Medical and sanitary report of the native army of Bengal for the year
Year: 1878
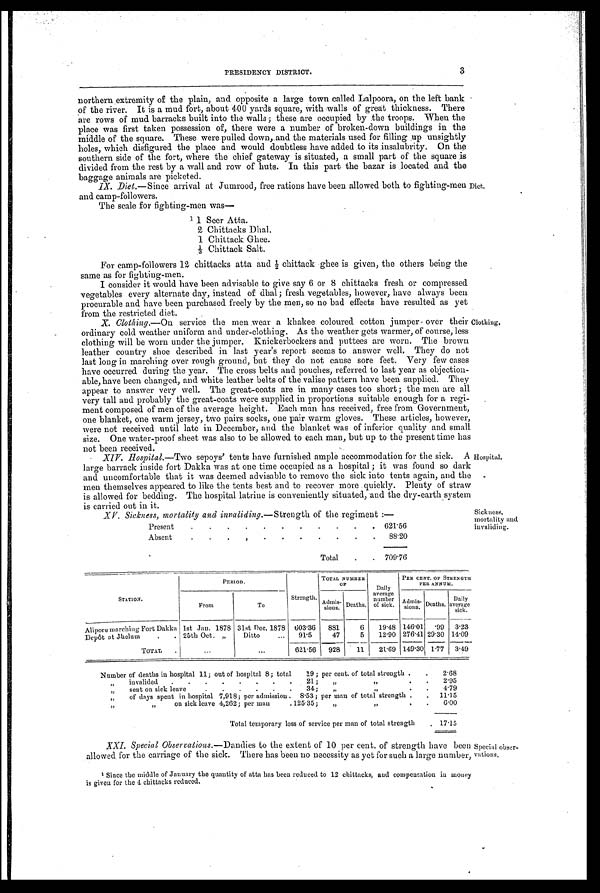
PRESIDENCY DISTRICT.
3
northern extremity of the plain, and opposite a large town called Lalpoora, on the left bank
of the river. It is a mud fort, about 400 yards square, with walls of great thickness. There
are rows of mud barracks built into the walls; these are occupied by :the troops. When the
place was first taken possession of, there were a number of broken-down buildings in the
middle of the square. These were pulled down, and the materials used for filling up unsightly
holes, which disfigured the place and would doubtless have added to its insalubrity. On the
southern side of the fort, where the chief gateway is situated, a small part of the square is
divided from the rest by a wall and row of huts. In this part the bazar is located and the
baggage animals are picketed.
IX. Diet. —Since arrival at Jumrood, free rations have been allowed both to fighting-men
and camp-followers.
The scale for fighting-men was—
1
1 S e e r A t t
a.
2 C h i t t a c k s D h a l .
1 Chittack Ghee.
1 / 3 C h i t t a c k S a l t .
For camp-followers 12 chittacks atta and ½ Chittack ghee is given, the others being the
same as for fighting-men.
I consider it would have been advisable to give say 6 or 8 chittacks fresh or compressed
vegetables every alternate day, instead of dhal; fresh vegetables, however, have always been
procurable and have been purchased freely by the men, so no bad effects have resulted as yet
from the restricted diet.
X. Clothing.—On service the men wear a khakee coloured cotton jumper over their
ordinary cold weather uniform and under-clothing. As the weather gets warmer, of course, less
clothing will be worn under the jumper. Knickerbockers and puttees are worn. The brown
leather country shoe described in last year's report seems to answer well. They do not
last long in marching over rough ground, but they do not cause sore feet. Very few cases
have occurred during the year. The cross belts and pouches, referred to last year as objection-
able, have been changed, and white leather belts of the valise pattern have been supplied. They
appear to answer very well. The great-coats are in many cases too short; the men are all
very tall and probably the great-coats were supplied in proportions suitable enough for a regi-
ment composed of men of the average height. Each man has received, free from Government,
one blanket, one warm jersey, two pairs socks, one pair warm gloves. These articles, however
were not received until late in December, and the blanket was of inferior quality and small
size. One water-proof sheet was also to be allowed to each man, but up to the present time has
not been received.
XIV. Hosipatal —Two
sepoys' tents have furnished ample accommodation for the sick. A
large barrack inside fort Dakka was at one time occupied as a hospital; it was found so dar
k a n d u n c o m f o r t a b l e t h a t i t w a s d e e m e d a d v i s a b l e t o r e m o v e t h e s i c k i n t o t e n t s a g a i n , a n d t h e
men themselves appeared to like the tents best and to recover more quickly Plenty of straw
is allowed for bedding. The hospital latrine is conveniently situated, and the dry-earth system is carried out in it.
Diet.
Clothing,
Hospital.
XV. Sickness, mortality and invaliding. —Strength of the regiment :—
Present
.
.
.
.
.
.
.
.
.
.
. 621.56
Absent
.
.
.
. . . . . . . .
88.20
Total
.
. 709.76
Sickness,
mortality and
invaliding.
STATION.
PERIOD.
Strength
TOTAL NUMBE R
OF Daily
average
number
of sick.
PER CENT. OF STRENGTH
PER ANNUM.
From
To
Admi s -
sions. Deaths.
Admis-
sions. Deaths.
Daily
average
sick.
Alipore marching Fort Dakka 1st Jan. 1878 31st Dec. 1878 603.36
881
6
19.48 146.01 .99
3.23
Depôt at Jhelum
. . 25th Oct. „
Ditto
...
91.5
47
5
12.90 27641 29.30 14.09
TOTAL
.
...
...
621.56
928
11
21.69 149.30 1.77
3.49
Number of deaths in hospital 11; out of hospital 8; total
19; per cent. of total strength
. .
2.68
,,
invalided
.
.
.
.
.
. . .
21;
„
, ,
2.95
,,
sent on sick leave
.
.
.
.
.
.
31;
„
/I
.
.
4.79
„
of days spent in hospital 7,918; er admission . 8.53; per man of total strength .
.
11.15
,,
„
on sick leave 4,262; per man
125.35;
„
, ,
6.00
Total temporary loss of service per man of total strength
. 17.15
XXI. Special Observations. —Dandies to the extent of 10 per cent, of strength have been
allowed for the carriage of the sick. There has been no necessity as yet for such a large number;
1
Since the middle of January the quantity of atta has been reduced to 12 chittacks, and compensation in money
is given for the 4 chittacks reduced.
Special obser-
vations,